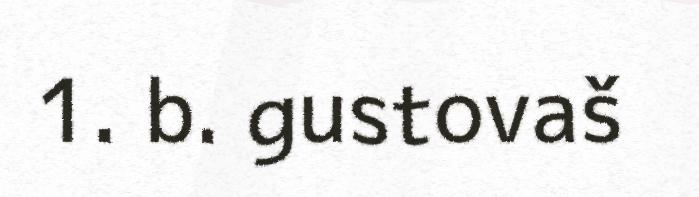
1. b. gustovaš